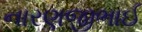
નારણજીભાઈ